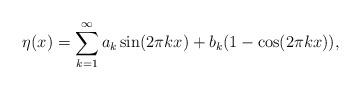
LaTeX: \begin{align*}\eta(x) = \sum_{k=1}^\infty a_k \sin(2\pi k x) + b_k (1-\cos(2\pi k x)),\end{align*}